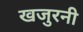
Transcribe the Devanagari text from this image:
खजुरनी